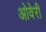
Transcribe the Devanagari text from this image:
ओवेरी